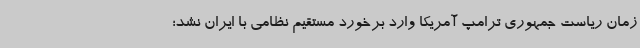
زمان ریاست جمهوری ترامپ آمریکا وارد برخورد مستقیم نظامی با ایران نشد؛